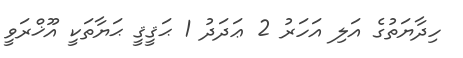
ހިދާޔަތުގެ އަލި އަހަރު 2 ޢަދަދު 1 ޙަޤީޤީ ޙަޔާތަކީ އޫޚްރަވީ